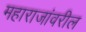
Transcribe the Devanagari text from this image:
महाराजांवरील